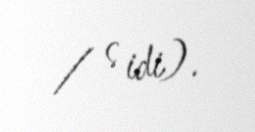
/ s idi).